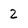
Character: 2